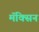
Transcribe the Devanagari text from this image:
मॅक्सिन